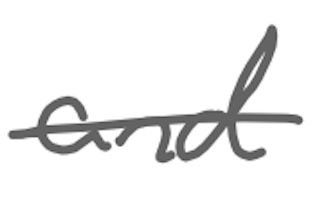
Text: and
Cross-out: single-line
Writing tool: digital_gray